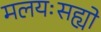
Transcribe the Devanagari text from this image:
मलयःसह्यो